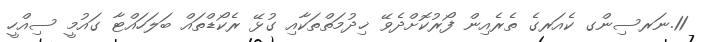
11.ނަރސިންގ ކެއަރގެ ތެރެއިން ފޯރުކޮށްދެވޭ ޚިދުމަތްތަކާއި ގުޅޭ ރެކޯޑްތައް ބަލަހައްޓާ ގައުމީ ސިއްހީ